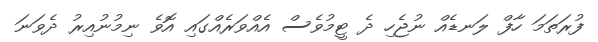
ފުރަތަމަ ހާފް ލަނޑެއް ނުޖެހި ދެ ޓީމުވެސް އެއްވަރެއްގައި އޮވެ ނިމުނުއިރު ދެވަނަ